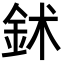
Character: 鉥